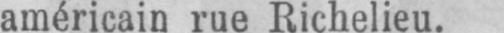
américain rue Richelieu.